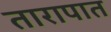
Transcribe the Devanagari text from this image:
तारापात